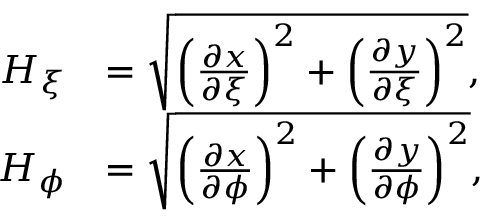
\begin{array} { r l } { H _ { \xi } } & { = \sqrt { \left( \frac { \partial x } { \partial \xi } \right) ^ { 2 } + \left( \frac { \partial y } { \partial \xi } \right) ^ { 2 } } , } \\ { H _ { \phi } } & { = \sqrt { \left( \frac { \partial x } { \partial \phi } \right) ^ { 2 } + \left( \frac { \partial y } { \partial \phi } \right) ^ { 2 } } , } \end{array}